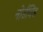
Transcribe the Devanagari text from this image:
नोर्डविंड